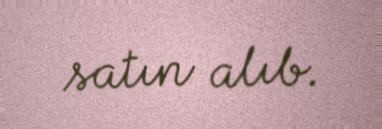
satın alıb.